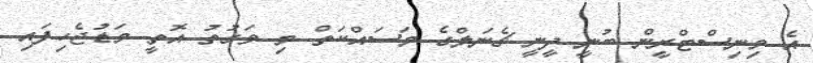
އެެ މިނިސްޓްރީން ބުނީ ދީނީ ޗެނަލްގެ މަސައްކަތް މި ވަގުތު އޮތީ މަޑުޖެހިފައި